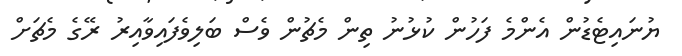
ޔުނައިޓެޑުން އެންމެ ފަހުން ކުޅުނު ތިން މެޗުން ވެސް ބަލިވެފައިވާއިރު ރޭގެ މެޗަށް